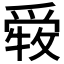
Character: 𤔤